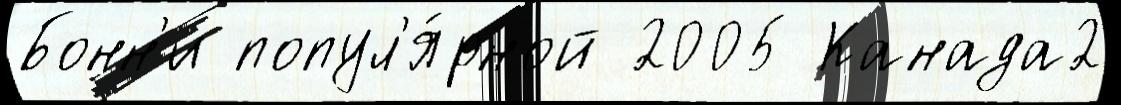
Бонн'и попул'я́рной 2005 Канада2